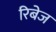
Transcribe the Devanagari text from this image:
रिबेज